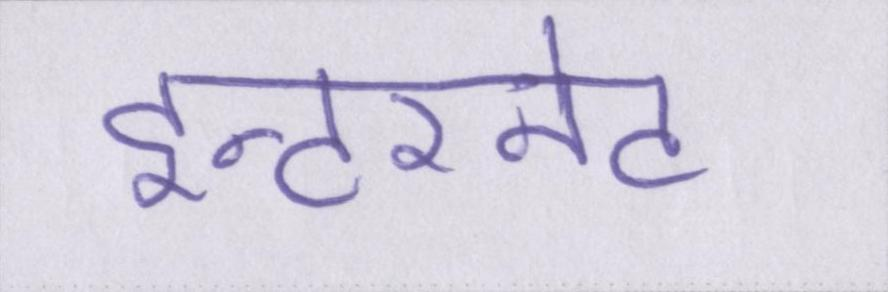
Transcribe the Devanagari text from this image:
इन्टरनेट